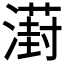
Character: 𣿝